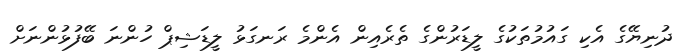
ދުނިޔޭގެ އެކި ގައުމުތަކުގެ ލީޑަރުންގެ ތެރެއިން އެންމެ ރަނގަޅު ލީޑަޝިޕް ހުންނަ ބޭފުޅުންނަށް